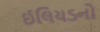
ઈલિયડનો